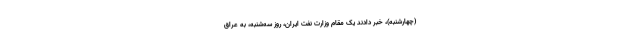
(چهارشنبه)، خبر دادند یک مقام وزارت نفت ایران، روز سه‌شنبه، به عراق